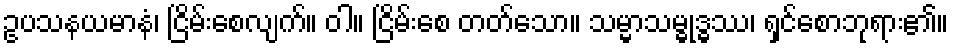
ဥပသနယမာနံ၊ ငြိမ်းစေလျက်။ ဝါ။ ငြိမ်းစေ တတ်သော။ သမ္မာသမ္ဓုဒ္ဓဿ၊ ရှင်စောဘုရား၏။